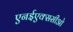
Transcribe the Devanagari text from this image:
एनईएक्ससीओ